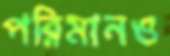
পরিমানও